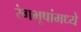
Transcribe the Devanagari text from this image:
रंगभूषांमध्ये